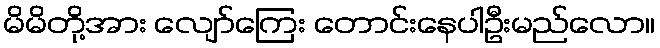
မိမိတို့အား လျော်ကြေး တောင်းနေပါဦးမည်လော။